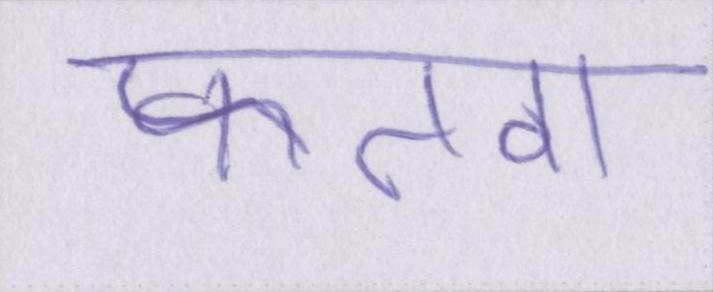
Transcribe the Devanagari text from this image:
फतवा